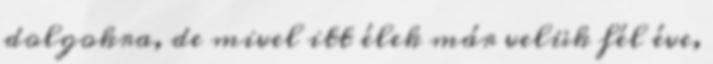
dolgokra, de mivel itt élek már velük fél éve,